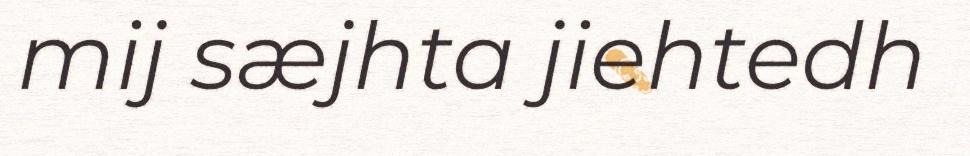
mij sæjhta jiehtedh